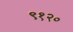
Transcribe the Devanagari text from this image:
९१२०